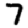
Digit: 7